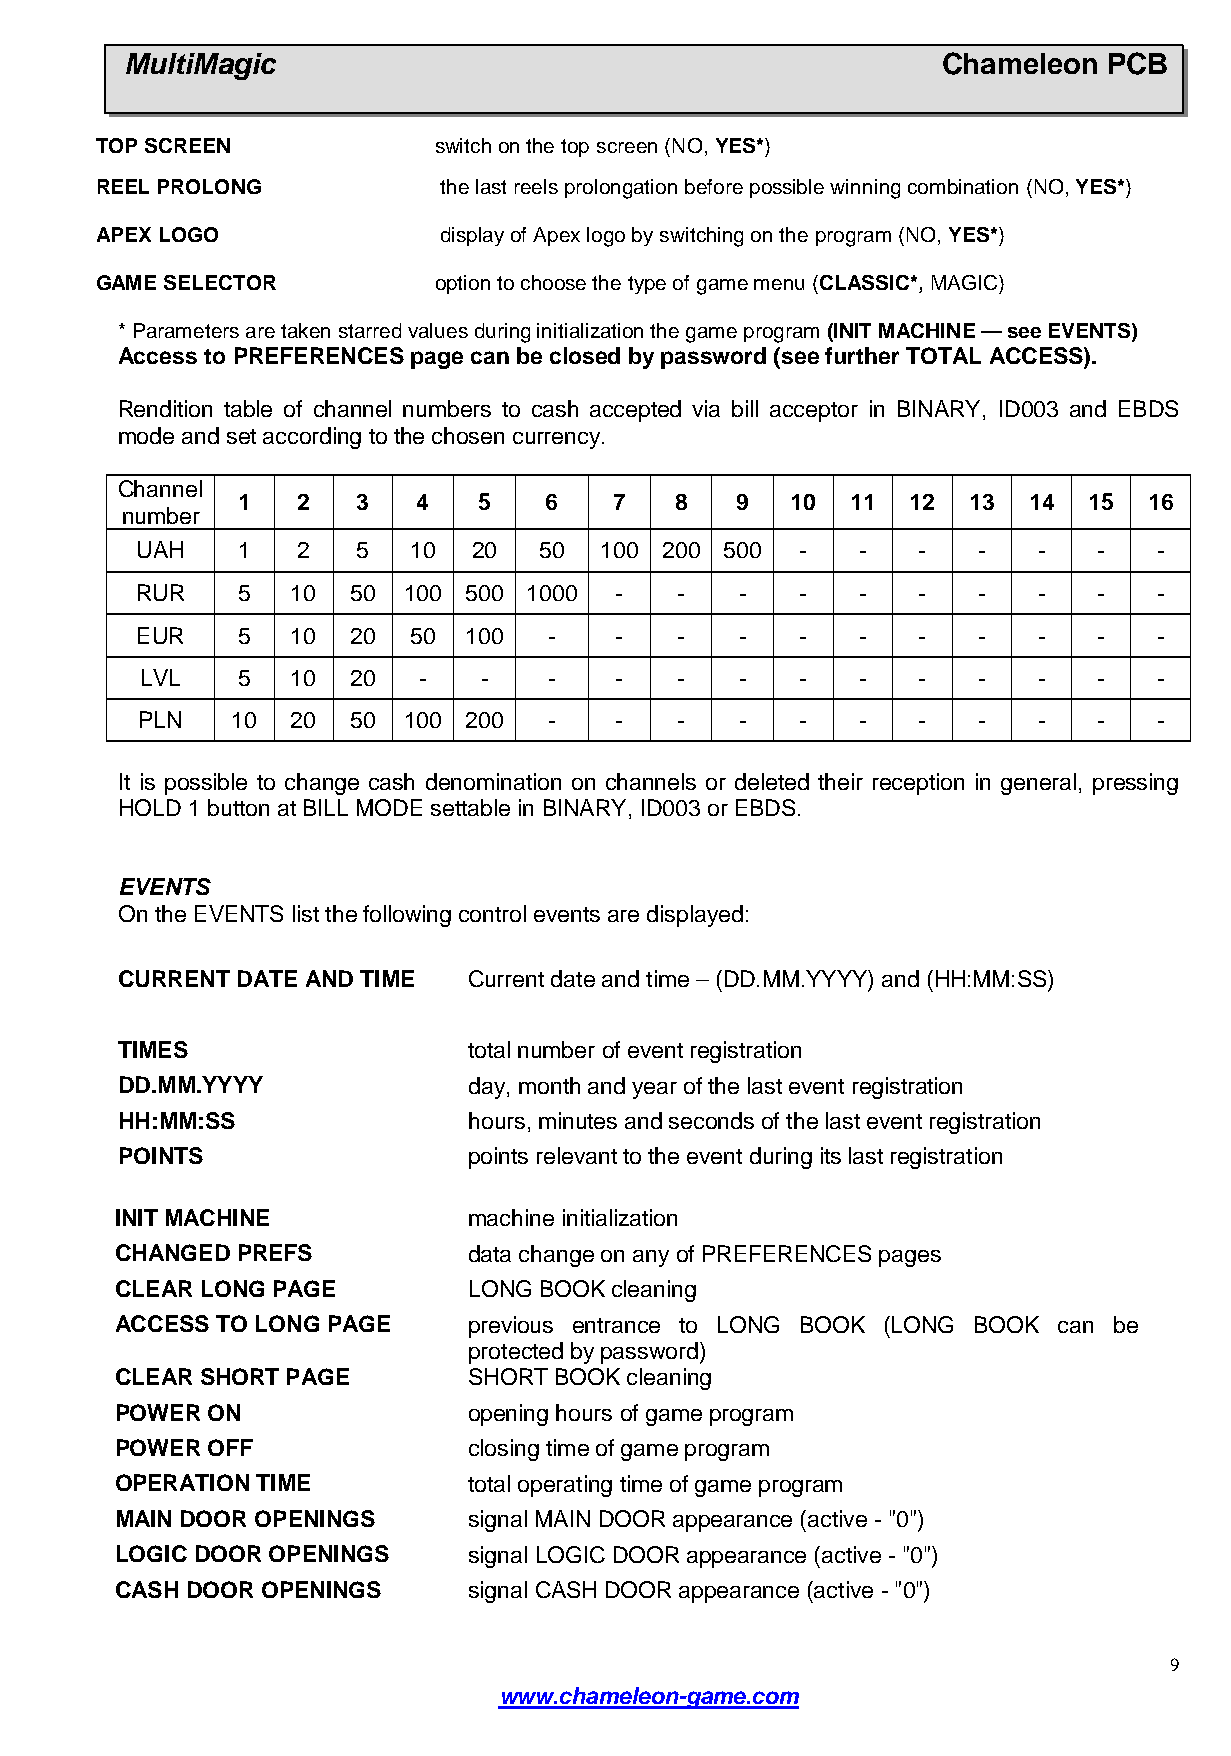
MultiMagic                                            Chameleon  PCB
 TOP SCREEN             switch on the top screen (NO,YES*)
 REEL PROLONG           the last reels prolongation before possible winning combination(NO,YES*)
 APEX LOGO              display of Apex logo by switching on the program(NO,YES*)
 GAME SELECTOR          option to choose the type of game menu (CLASSIC*, MAGIC)
 * Parameters are taken starred values during initialization the game program(INIT MACHINE— see EVENTS)
 Access to PREFERENCES page can be closed by password (see further TOTAL ACCESS).
 Rendition table of channel numbers to cash accepted via bill acceptor in BINARY, ID003 and EBDS
 mode and set according to the chosen currency.
 Channel
 1  2   3   4   5    6   7   8    9  10  11  12  13  14  15  16
 number
 UAH    1  2   5   10  20   50  100 200 500  -   -   -   -  -   -   -
 RUR    5  10  50  100 500 1000  -   -   -   -   -   -   -  -   -   -
 EUR    5  10  20  50  100  -    -   -   -   -   -   -   -  -   -   -
 LVL    5  10  20   -   -   -    -   -   -   -   -   -   -  -   -   -
 PLN   10  20  50  100 200  -    -   -   -   -   -   -   -  -   -   -
 It is possible to change cash denomination on channels or deleted their reception in general, pressing
 HOLD 1 button at BILL MODE settable in BINARY, ID003or EBDS.
 EVENTS
 On the EVENTS list the following control events are displayed:
 CURRENT DATE AND TIME  Current date and time– (DD.MM.YYYY) and (HH:MM:SS)
 TIMES                  total number of event registration
 DD.MM.YYYY             day, month and year of the last event registration
 HH:MM:SS               hours, minutes and seconds of the last event registration
 POINTS                 points relevant to the event during its last registration
 INIT MACHINE            machine initialization
 CHANGED PREFS           data change on any of PREFERENCES pages
 CLEAR LONG PAGE         LONG BOOK cleaning
 ACCESS TO LONG PAGE     previous entrance to LONG BOOK (LONG BOOK can be
 protected by password)
 CLEAR SHORT PAGE        SHORT BOOK cleaning
 POWER  ON               opening hours of game program
 POWER  OFF              closing time of game program
 OPERATION TIME          total operating time of game program
 MAIN DOOR OPENINGS      signal MAIN DOOR appearance (active - "0")
 LOGIC DOOR OPENINGS     signal LOGIC DOOR appearance (active - "0")
 CASH DOOR OPENINGS      signal CASH DOOR appearance (active - "0")
 9
 www.chameleon-game.com